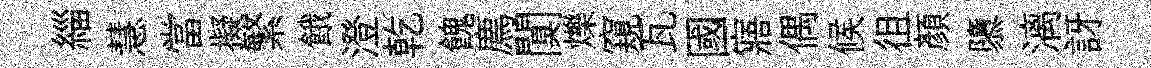
緇慧當擬繁餓澄乾餽廌闃爍窺瓦國寤偶候徂顏隳漓訝